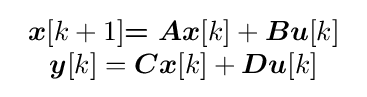
{\begin{array}{c}{\boldsymbol {x}}[k+1]{\boldsymbol {=Ax}}[k]+{\boldsymbol {Bu}}[k]\\{\boldsymbol {y}}[k]={\boldsymbol {Cx}}[k]+{\boldsymbol {Du}}[k]\end{array}}